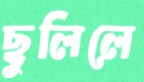
ছুলিলে